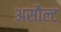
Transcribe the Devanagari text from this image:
असौल्ट